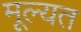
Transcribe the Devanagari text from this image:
मूल्यत